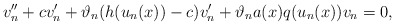
\begin{align*}v''_{n} + c v'_{n} + \vartheta_{n} (h(u_{n}(x))-c)v_{n}'+ \vartheta_{n}a(x)q(u_{n}(x))v_{n}=0,\end{align*}